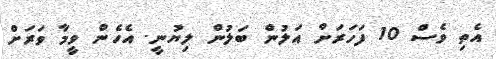
އެތި ވެސް 10 ފަހަރަށް އަލުން ބަލުން ލިޔުނީ. އެހެން ވީމާ ވަރަށް